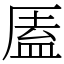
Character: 㕎